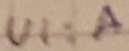
Text: UI:A